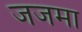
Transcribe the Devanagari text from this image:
जजमा